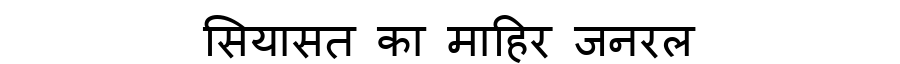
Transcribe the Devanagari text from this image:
सियासत का माहिर जनरल